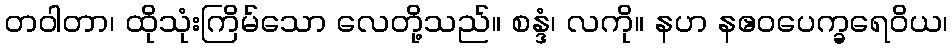
တဝါတာ၊ ထိုသုံးကြိမ်သော လေတို့သည်။ စန္ဒံ၊ လကို။ နဟ နဧဝပေက္ခရေဝိယ၊